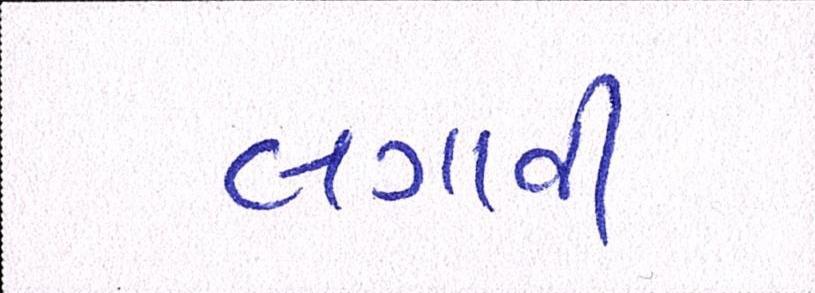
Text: લગાવી